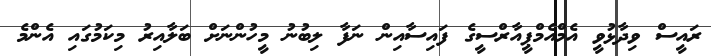
ރައީސް ވިދާޅުވީ އެމްއެމްޕީއާރްސީގެ ފައިސާއިން ނަފާ ލިބުނު މީހުންނަށް ބަލާއިރު މިކަމުގައި އެންމެ